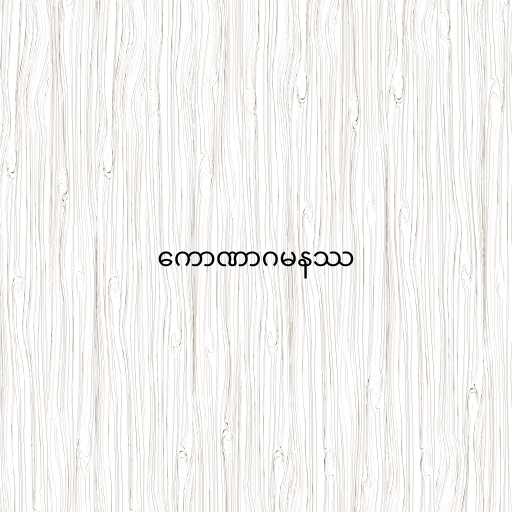
ကောဏာဂမနဿ